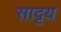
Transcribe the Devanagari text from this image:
सादृय